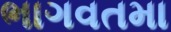
ભાગવતમા